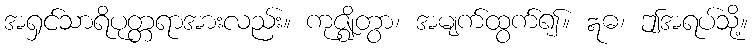
အရှင်သာရိပုတ္တရာအားလည်း။ ကုဇ္ဈိတွာ၊ အမျက်ထွက်၍။ ဣဓ၊ ဤအရပ်သို့။